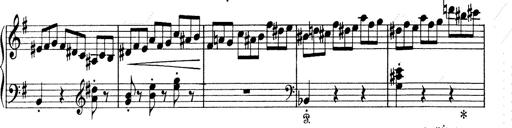
Title: 6 Polish Songs
Composer: Franz Liszt